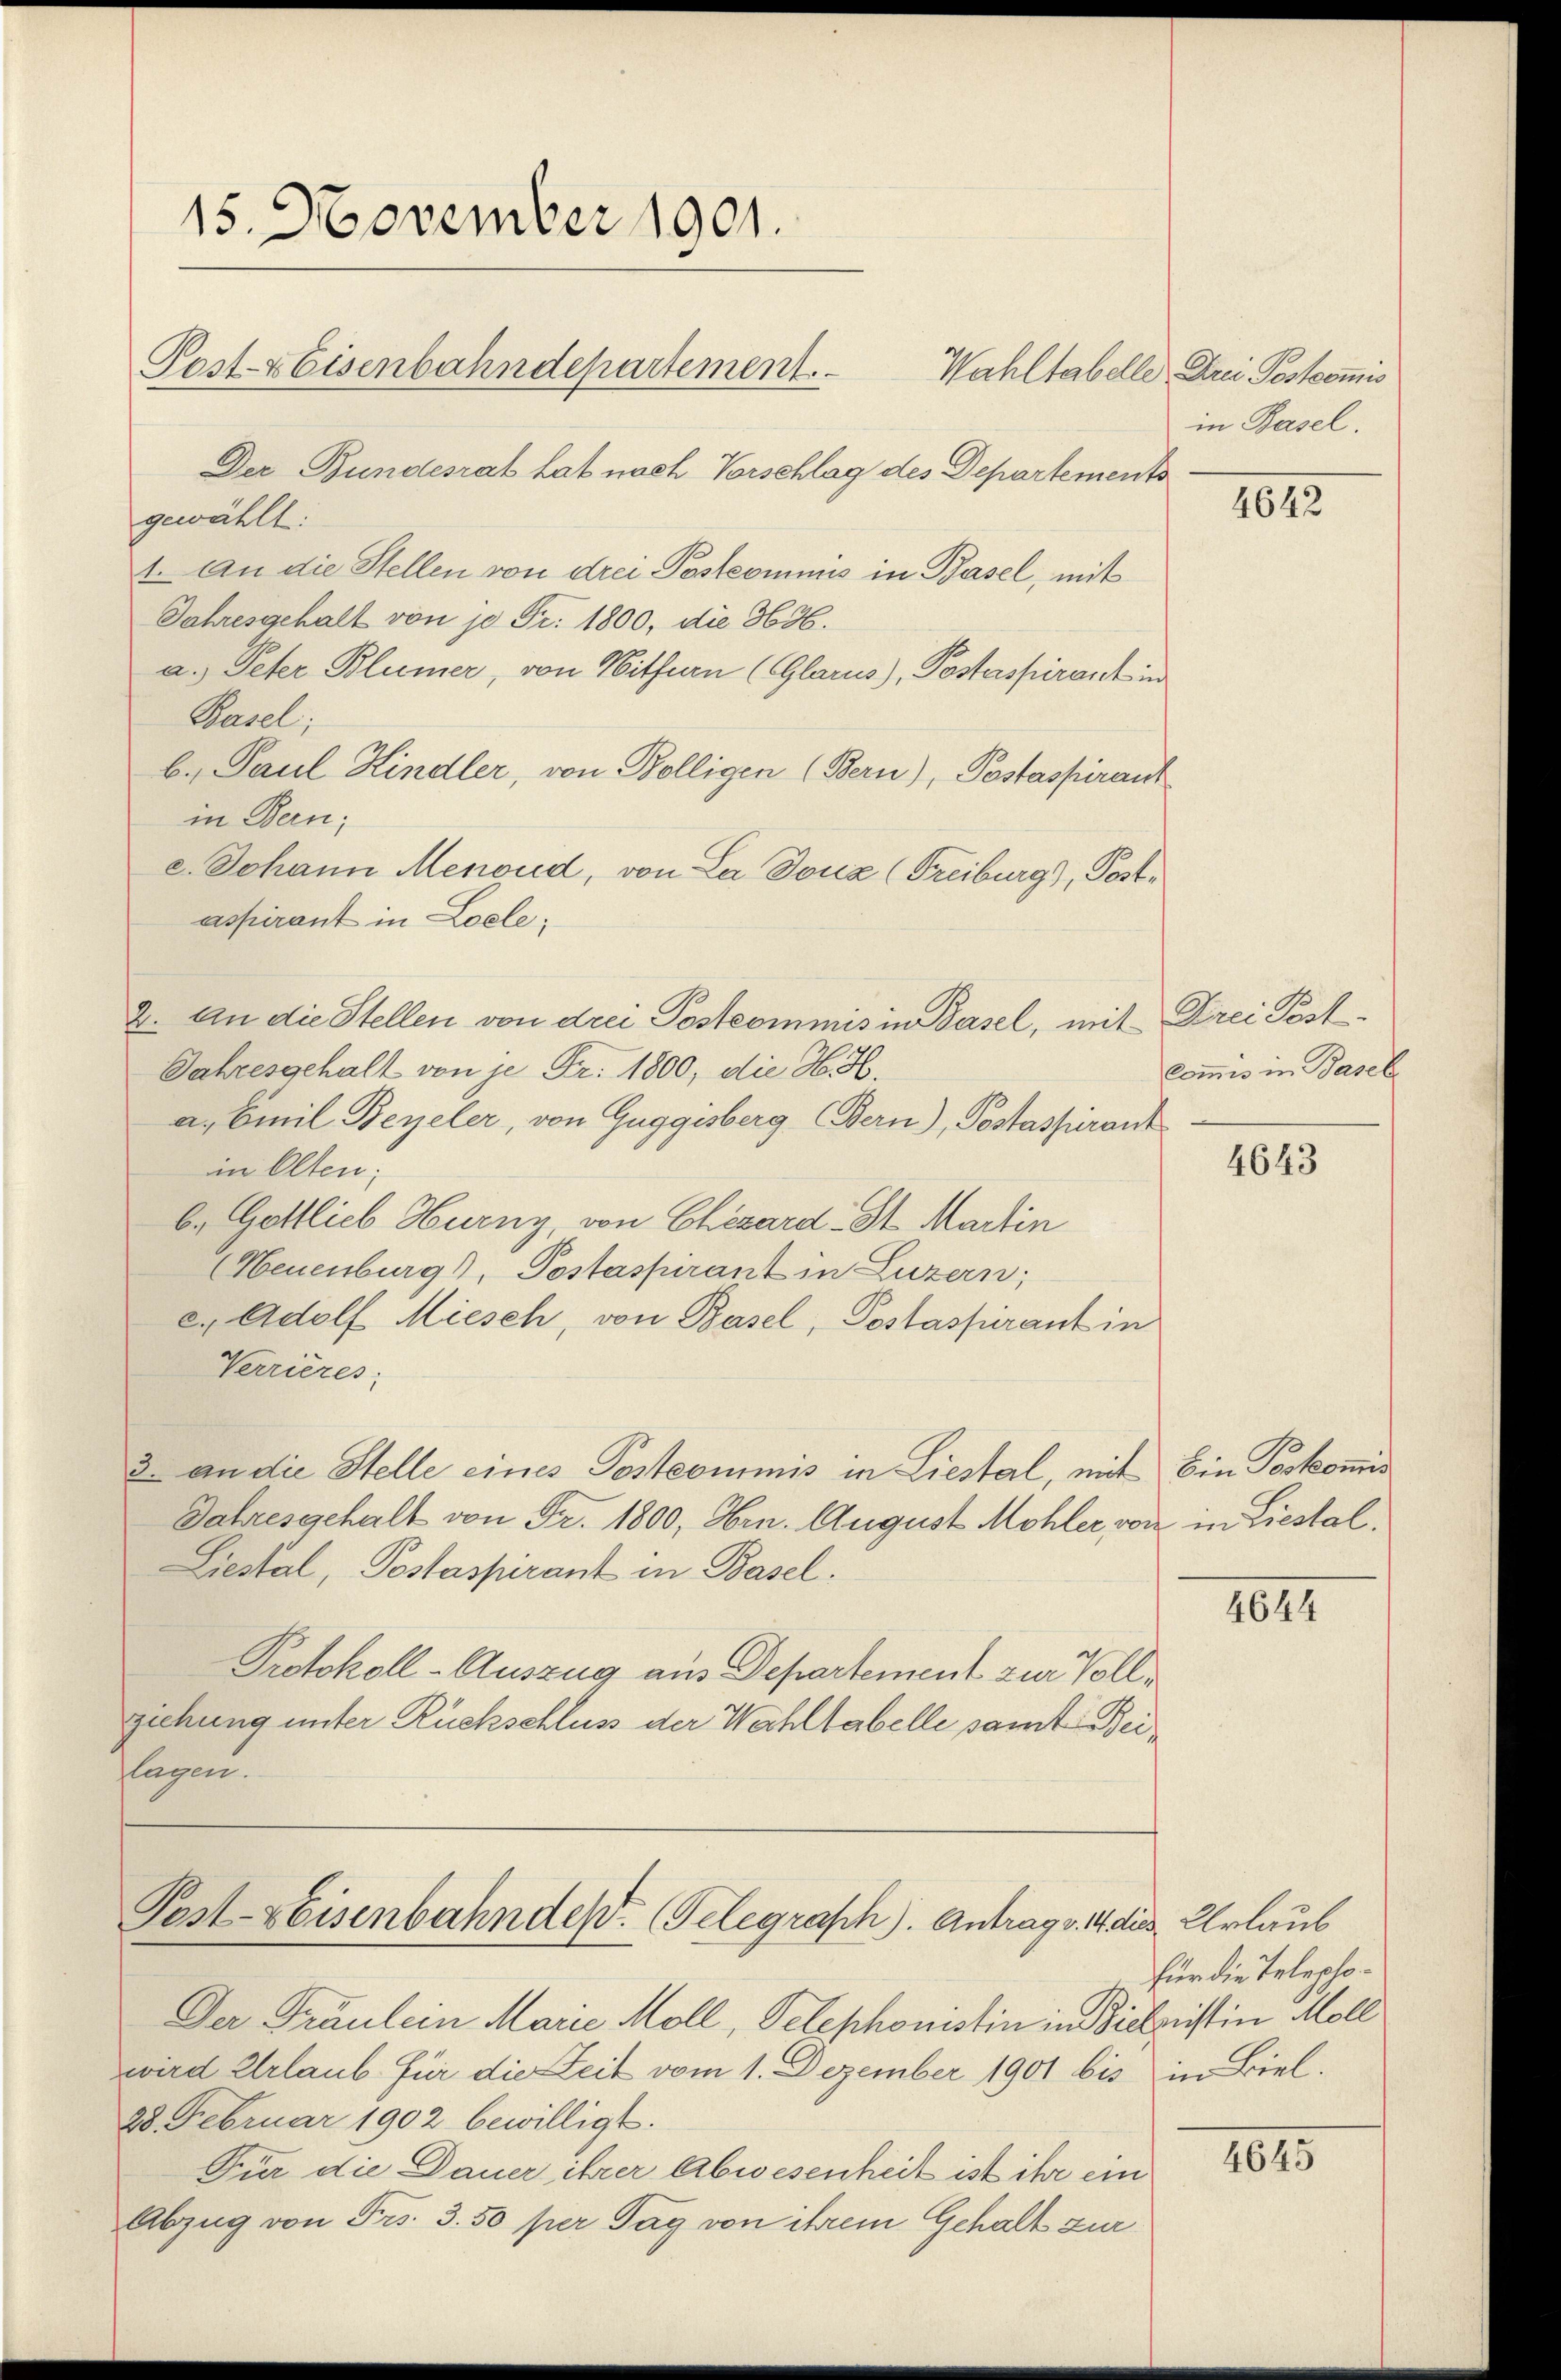
15. November 1901.
Post- & Eisenbahndepartement.

Der Bundesrat hat nach Vorschlag des Departements
gewählt:
1. An die Stellen von drei Posteomus in Basel, mit
Jahresgehalt von je Fr. 1800, die 3636.
a.) Peter Blümer, von Witfern (Glarus), Postaspirant in
Basel;
b. Paul Hindler, von Bolligen (Bern), Postaspirant
in Bern;
c. Johann Menoud, von La douz (Freiburg), Postaspirant in Loele¬
2. An die Stellen von drei Postcommis in Basel, mit Drei Post¬
Jahresgehalt von je Fr. 1800, die H. H.
a. Emil Bezeler, von Guggisberg (Bern), Postassurant
in Olten;
b. Gottlieb Hurny, von Chezard St. Martin
(Neuenburg), Postaspirant in Luzern;
c. Adolf Miesch, von Basel, Postaspirant in
Verrieres:
3. an die Stelle eines Postcommis in Liestal, mit
Jahresgehalt von Fr. 1800, Hrn. August Mohler, von in Liestal¬
Liestal, Postaspirant in Basel.
Protokoll-Auszug aus Departement zur Vollziehung unter Rückschluss der Wahltabelle samt Beilagen.

Post-Keisenbahndes. (Telegraph). Antrag v. 14 dies Urlaub

Der Fräulein Marie Moll, Telephonistin in Bieleistin Moll
wird Urlaub für die Zeit vom 1. Dezember 1901 bis in Biel.
28. Februar 1902 bewilligt.
Für die Dauer ihrer Abwesenheit ist ihr ein
Abzug von Frs. 3. 50 per Tag von ihrem Gehalt zur

Wahltabelle Drei Postcommis
in Basel.

4642

Commis in Basel

4643

Ein Poskommis

4644

für die Telepho¬

4645